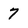
Character: 7